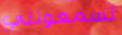
تسمعونني